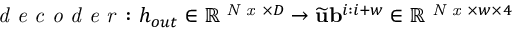
\textit { d e c o d e r } \colon h _ { o u t } \in \mathbb { R } ^ { \textit { N x } \times D } \to { \widetilde { \mathbf { u } } \mathbf { b } ^ { i : i + w } \in \mathbb { R } ^ { \textit { N x } \times w \times 4 } }